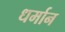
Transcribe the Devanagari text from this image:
धर्मान